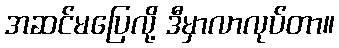
အဆင်မပြေလို့ ဒီမှာလာလုပ်တာ။